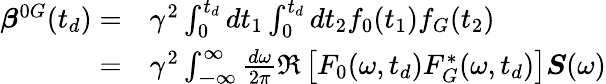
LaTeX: \begin{array}{rl}{\boldsymbol{\beta}^{0G}(t_{d})=}&{{}\gamma^{2}\int_{0}^{t_{d}}dt_{1}\int_{0}^{t_{d}}dt_{2}f_{0}(t_{1})f_{G}(t_{2})}\\ {=}&{{}\gamma^{2}\int_{\mathbb{-\infty}}^{\infty}\frac{d\omega}{2\pi}\Re\left[F_{0}(\omega,t_{d})F_{G}^{*}(\omega,t_{d})\right]\boldsymbol{S}(\omega)}\end{array}